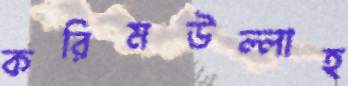
করিমউল্লাহ